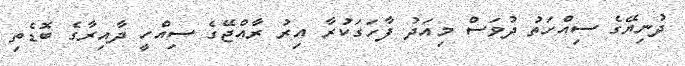
ދުނިޔޭގެ ސިއްހަތު ދުވަސް މިއަދު ފާހަގަކުރާ އިރު ރާއްޖޭގެ ސިއްހީ ދާއިރާގެ ބޮޑެތި